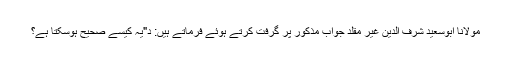
مولانا ابوسعید شرف الدین غیر مقلد جوابِ مذکور پر گرفت کرتے ہوئے فرماتے ہیں: د"یہ کیسے صحیح ہوسکتا ہے؟